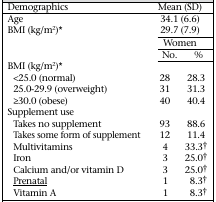
| Demographics | <COLSPAN=2> Mean (SD) |
 | --- | --- | --- |
 | Age | <COLSPAN=2> 34.1 (6.6) |
 | BMI (kg/m2)* | <COLSPAN=2> 29.7 (7.9) |
 |  | <COLSPAN=2> Women |
 |  | No. | % |
 | BMI (kg/m2)* |  |  |
 | <25.0 (normal) | 28 | 28.3 |
 | 25.0-29.9 (overweight) | 31 | 31.3 |
 | ≥30.0 (obese) | 40 | 40.4 |
 | Supplement use |  |  |
 | Takes no supplement | 93 | 88.6 |
 | Takes some form of supplement | 12 | 11.4 |
 | Multivitamins | 4 | 33.3† |
 | Iron | 3 | 25.0† |
 | Calcium and/or vitamin D | 3 | 25.0† |
 | Prenatal | 1 | 8.3† |
 | Vitamin A | 1 | 8.3† |